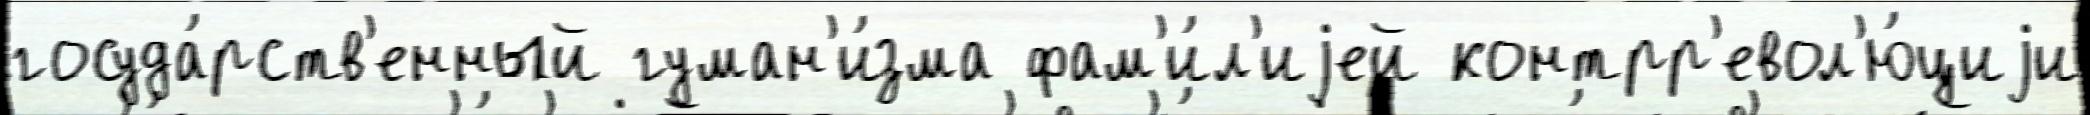
госуда́рств'енный гуман'и́зма фам'и́л'иjей контрр'евол'ю́циjи